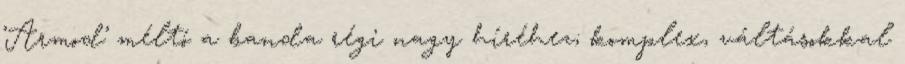
’Armod’ méltó a banda régi nagy híréhez; komplex, váltásokkal